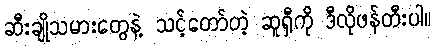
ဆီးချိုသမားတွေနဲ့ သင့်တော်တဲ့ ဆူရှီကို ဒီလိုဖန်တီးပါ။